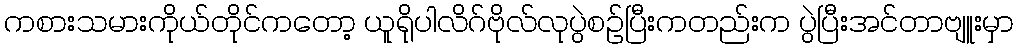
ကစားသမားကိုယ်တိုင်ကတော့ ယူရိုပါလိဂ်ဗိုလ်လုပွဲစဉ်ပြီးကတည်းက ပွဲပြီးအင်တာဗျူးမှာ